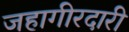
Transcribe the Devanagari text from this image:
जहागीरदारी